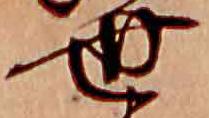
世